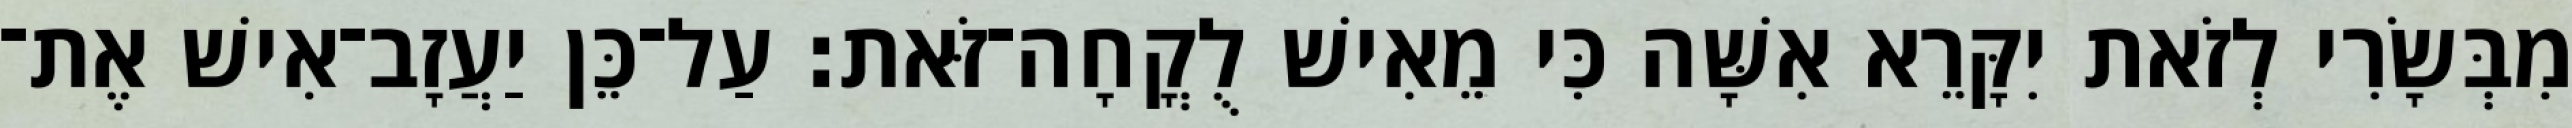
מִבְּשָׂרִי לְזֹאת יִקָּרֵא אִשָּׁה כִּי מֵאִישׁ לֻקֳחָה־זֹּאת׃ עַל־כֵּן יַעֲזָב־אִישׁ אֶת־